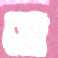
ঘে